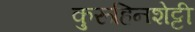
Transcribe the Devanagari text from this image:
कुरूहिनशेट्टी